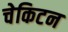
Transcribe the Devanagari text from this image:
चेकिटन